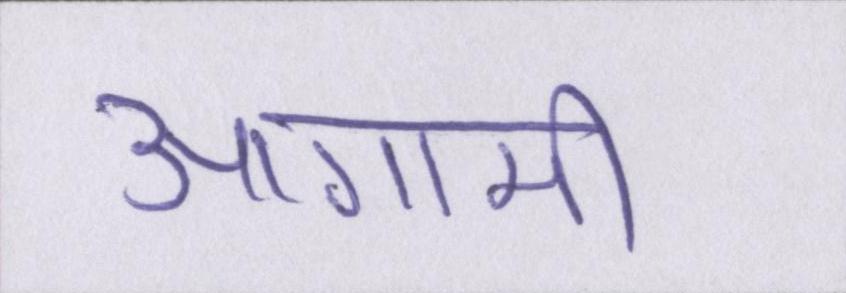
आगामी